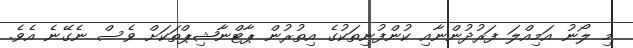
މި ލޯނު އަމިއްލަ ފަރުދުންނާއި ކުންފުނިތަކުގެ އިތުރުން ޕާޓްނާޝިޕްތަކަށް ވެސް ނެގޭނެ އެވެ.